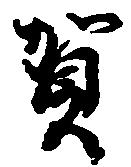
賀